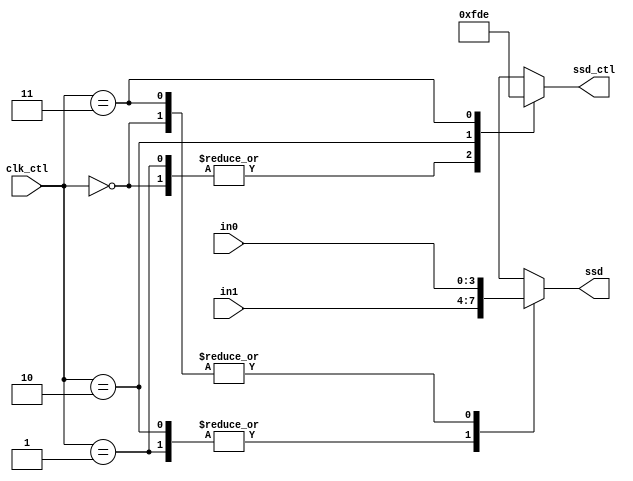
`timescale 1ns / 1ps
//////////////////////////////////////////////////////////////////////////////////
// Company: 
// Engineer: 
// 
// Design Name: 
// Module Name: scan_ctl
// Project Name: 
// Target Devices: 
// Tool Versions: 
// Description: 
// 
// Dependencies: 
// 
// Revision:
// Revision 0.01 - File Created
// Additional Comments:
// 
//////////////////////////////////////////////////////////////////////////////////


module scan_ctl(
    output reg [3:0] ssd,
    output reg [3:0] ssd_ctl,
    input [3:0] in0,
    input [3:0] in1,
    input [1:0] clk_ctl
    );
    
    always @*
    case(clk_ctl)
    2'b00:
    begin
        ssd_ctl = 4'b1111;
        ssd = in0;
    end
    2'b01:
    begin
        ssd_ctl = 4'b1111;
        ssd = in1;
    end
    2'b10:
    begin
        ssd_ctl = 4'b1101;
        ssd = in1;
    end
    2'b11:
    begin
        ssd_ctl = 4'b1110;
        ssd = in0;
    end
    default:
    begin
        ssd_ctl = 4'b0000;
        ssd = in0;
    end
    
    endcase
    
endmodule